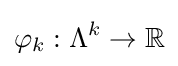
\varphi _{k}:\Lambda ^{k}\to \mathbb {R}